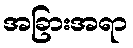
အခြားအရာ